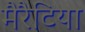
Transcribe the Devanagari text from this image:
मैरैटिया